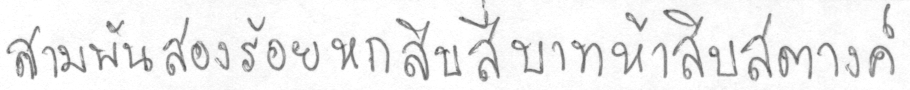
สามพันสองร้อยหกสิบสี่บาทห้าสิบสตางค์